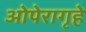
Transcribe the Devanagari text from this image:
ओपेरागृहे